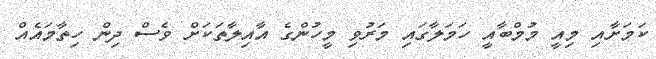
ކަމަށާއި މިއީ މުމްބާއީ ހަމަލާގައި މަރުވި މީހުންގެ އާއިލާތަކަށް ވެސް ދިން ހިތާމައެއް